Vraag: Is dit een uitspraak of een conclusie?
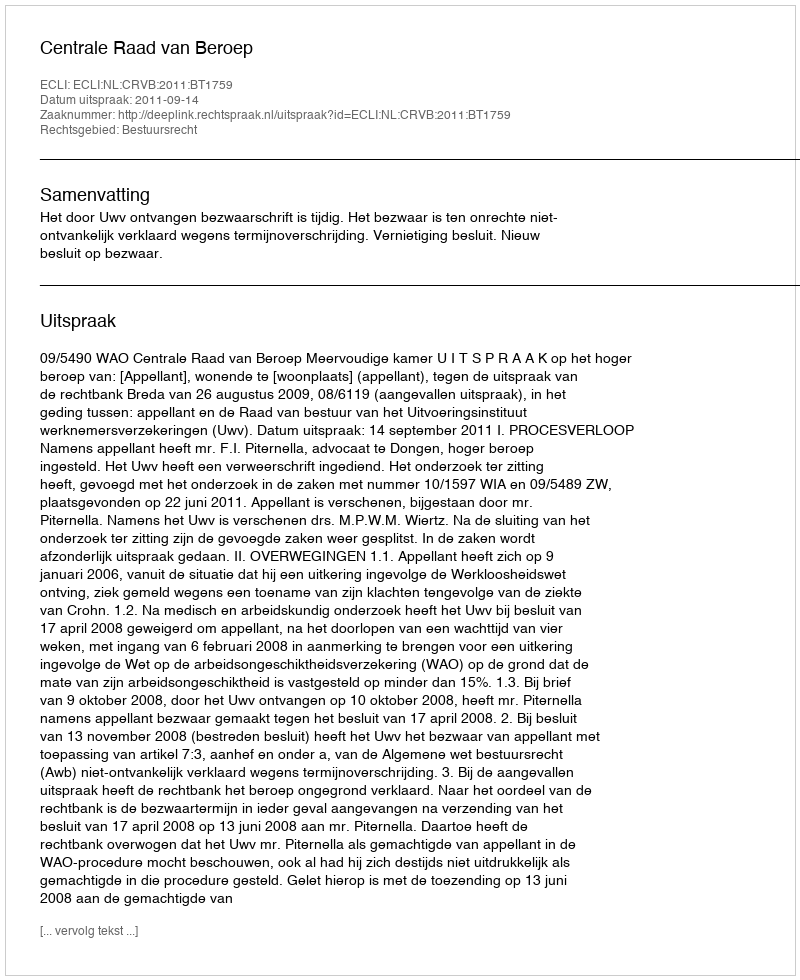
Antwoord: Uitspraak